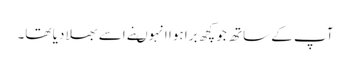
آپ کے ساتھ جو کچھ برا ہوا انہوںنے اسے بھلا دیا تھا۔